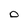
Character: O